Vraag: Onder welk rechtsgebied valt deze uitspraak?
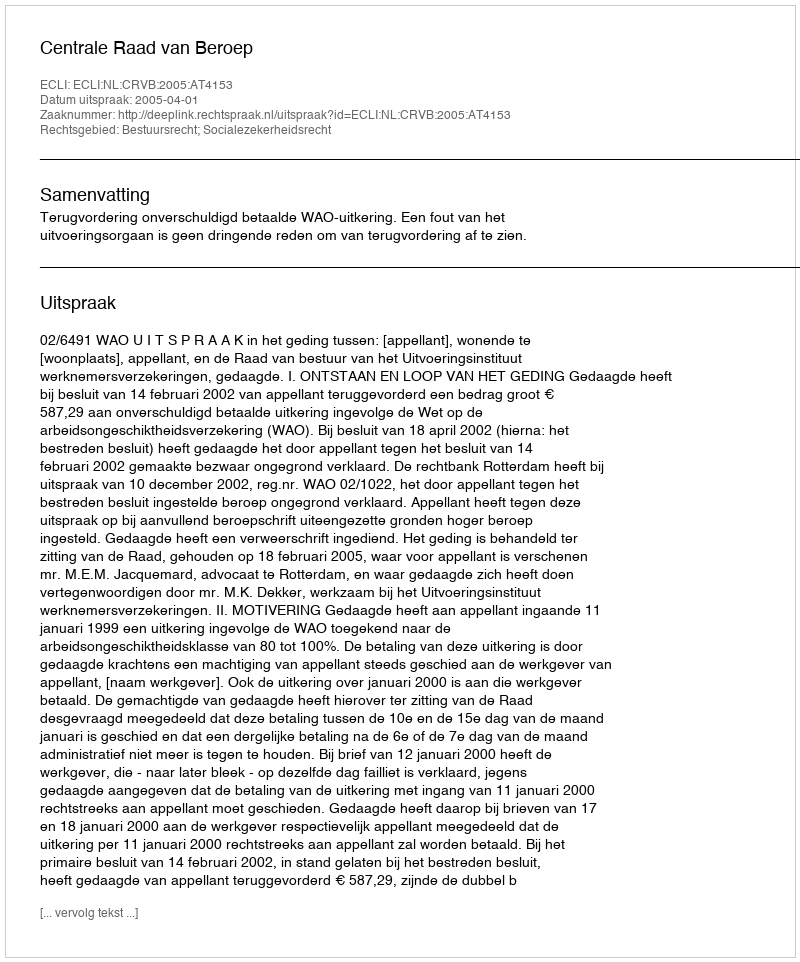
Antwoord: Bestuursrecht; Socialezekerheidsrecht